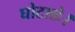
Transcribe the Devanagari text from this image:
घोटाले।